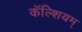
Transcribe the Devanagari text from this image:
कॅल्शियम्